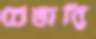
চেঙারি